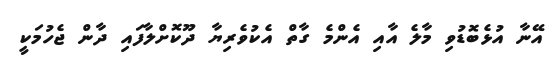
އޭނާ އުޅެބޮޑުވި މާލެ އާއި އެންމެ ގާތް އެކުވެރިޔާ ދޫކޮށްލާފައި ދާން ޖެހުމަކީ